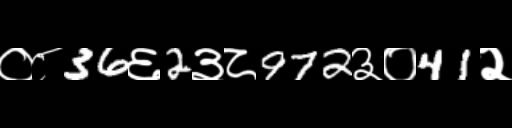
Text: ०८36६2३८972३०41२